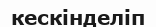
кескінделіп